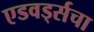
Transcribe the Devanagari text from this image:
एडवर्ड्सचा